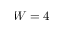
W = 4